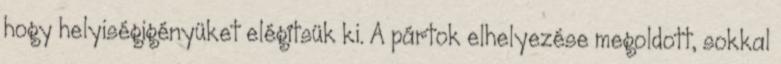
hogy helyiségigényüket elégítsük ki. A pártok elhelyezése megoldott, sokkal